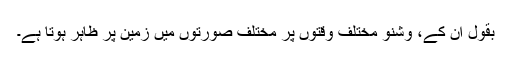
بقول ان کے، وشنو مختلف وقتوں پر مختلف صورتوں میں زمین پر ظاہر ہوتا ہے۔